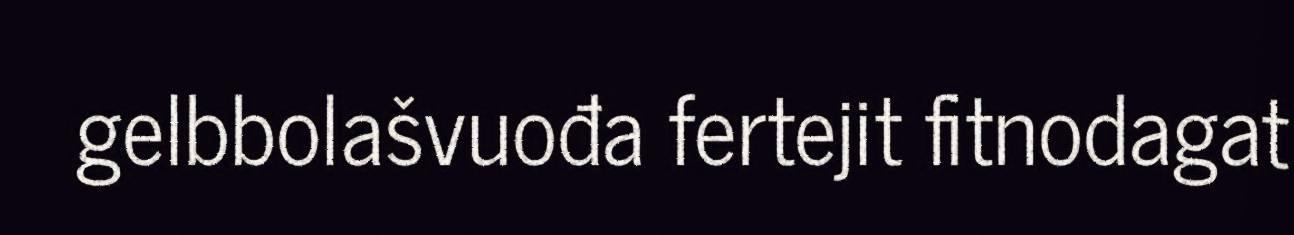
gelbbolašvuođa fertejit fitnodagat